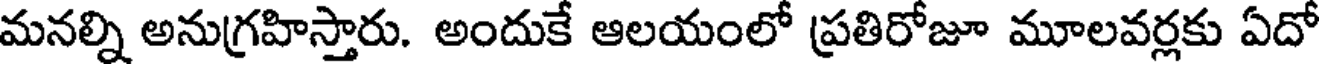
మనల్ని అనుగ్రహిస్తారు. అందుకే ఆలయంలో ప్రతిరోజూ మూలవర్లకు ఏదో